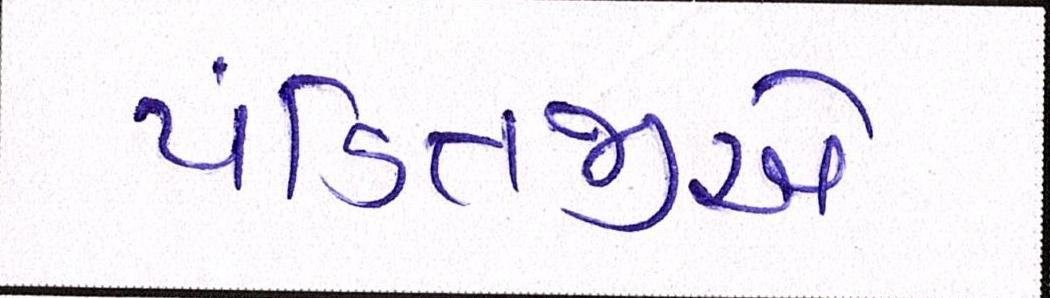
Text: પંડિતજીએ